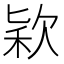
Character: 𣣅